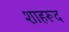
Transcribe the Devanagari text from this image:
शाहरूद